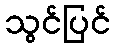
သွင်ပြင်